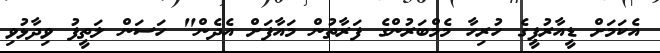
އެކަމަށް ޑީއާރުޕީގެ ހުރިހާ މެމްބަރުންގެ ފަރާތުން މައާފަށް އެދެން" ހަސަން ލަތީފު ވިދާޅުވި